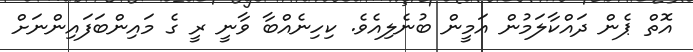
އޮތް ޕެން ދައްކާލަމުން އަމީން ބުނެލިއެވެ. ކިހިނެއްބާ ވާނީ ރީ ގެ މައިންބަފައިންނަށް